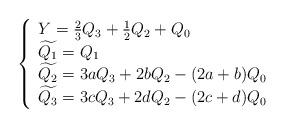
LaTeX: \begin{align*}\left \{\begin{array}{l}Y = \frac{2}{3} Q_3 + \frac{1}{2} Q_2 + Q_{0} \\\widetilde{Q_{1}} = Q_{1} \\\widetilde{Q_{2}} = 3 a Q_{3} + 2 b Q_{2} - (2a + b) Q_{0} \\\widetilde{Q_{3}} = 3 c Q_{3} + 2 d Q_{2} - (2c + d) Q_{0}\end{array}\right.\end{align*}